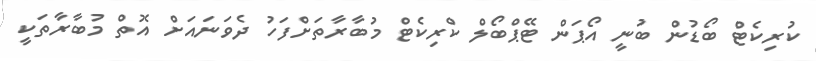
ކުރިކެޓް ބޯޑުން ބުނީ އޯޕަން ޓޭޕްބޯލް ކްރިކެޓް މުބާރާތަށްފަހު ދެވަނައަށް އޮތް މުބާރާތަކީ